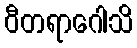
ဝီတရာဂေါသိ